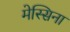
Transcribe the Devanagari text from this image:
मेस्सिना